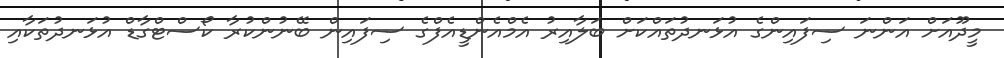
މީދޫއަށް އަންނަ ސިފައިންގެ އުޅަނދުތައްކަށް ބަލާއިރު އެމްއެންޑީއެފްގެ ސިފައިން ބޭނުންކުރާ ކޯސްޓްގާޑް އުޅަނދުތަކާއި